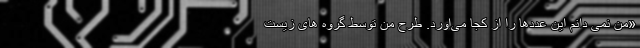
«من نمی دانم این عددها را از کجا می‌اورد. طرح من توسط گروه های زیست